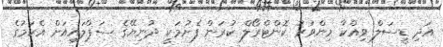
އަދި ޑީސަލް ވިއްކާ މިންވަރު ކޮންޓްރޯލް ކުރަން ފެށުމަކީ ދުނިޔޭގެ ސަޕްލައިއަށް އެކަމުގެ